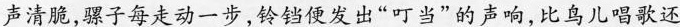
声清脆，骡子每走动一步，铃铛便发出”叮当”的声响，比鸟儿唱歌还